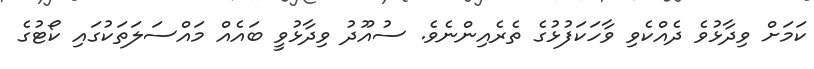
ކަމަށް ވިދާޅުވެ ދެއްކެވި ވާހަކަފުޅުގެ ތެރެއިންނެވެ. ސުއޫދު ވިދާޅުވީ ބައެއް މައްސަލަތަކުގައި ކޯޓުގެ